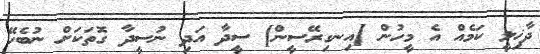
ދާޚިލީ ކަމެއް އެ މީހުން [އިނގިރޭސީން] ސީދާ އަދި ނުސީދާ ގޮތަކަށް ނުބެހޭ